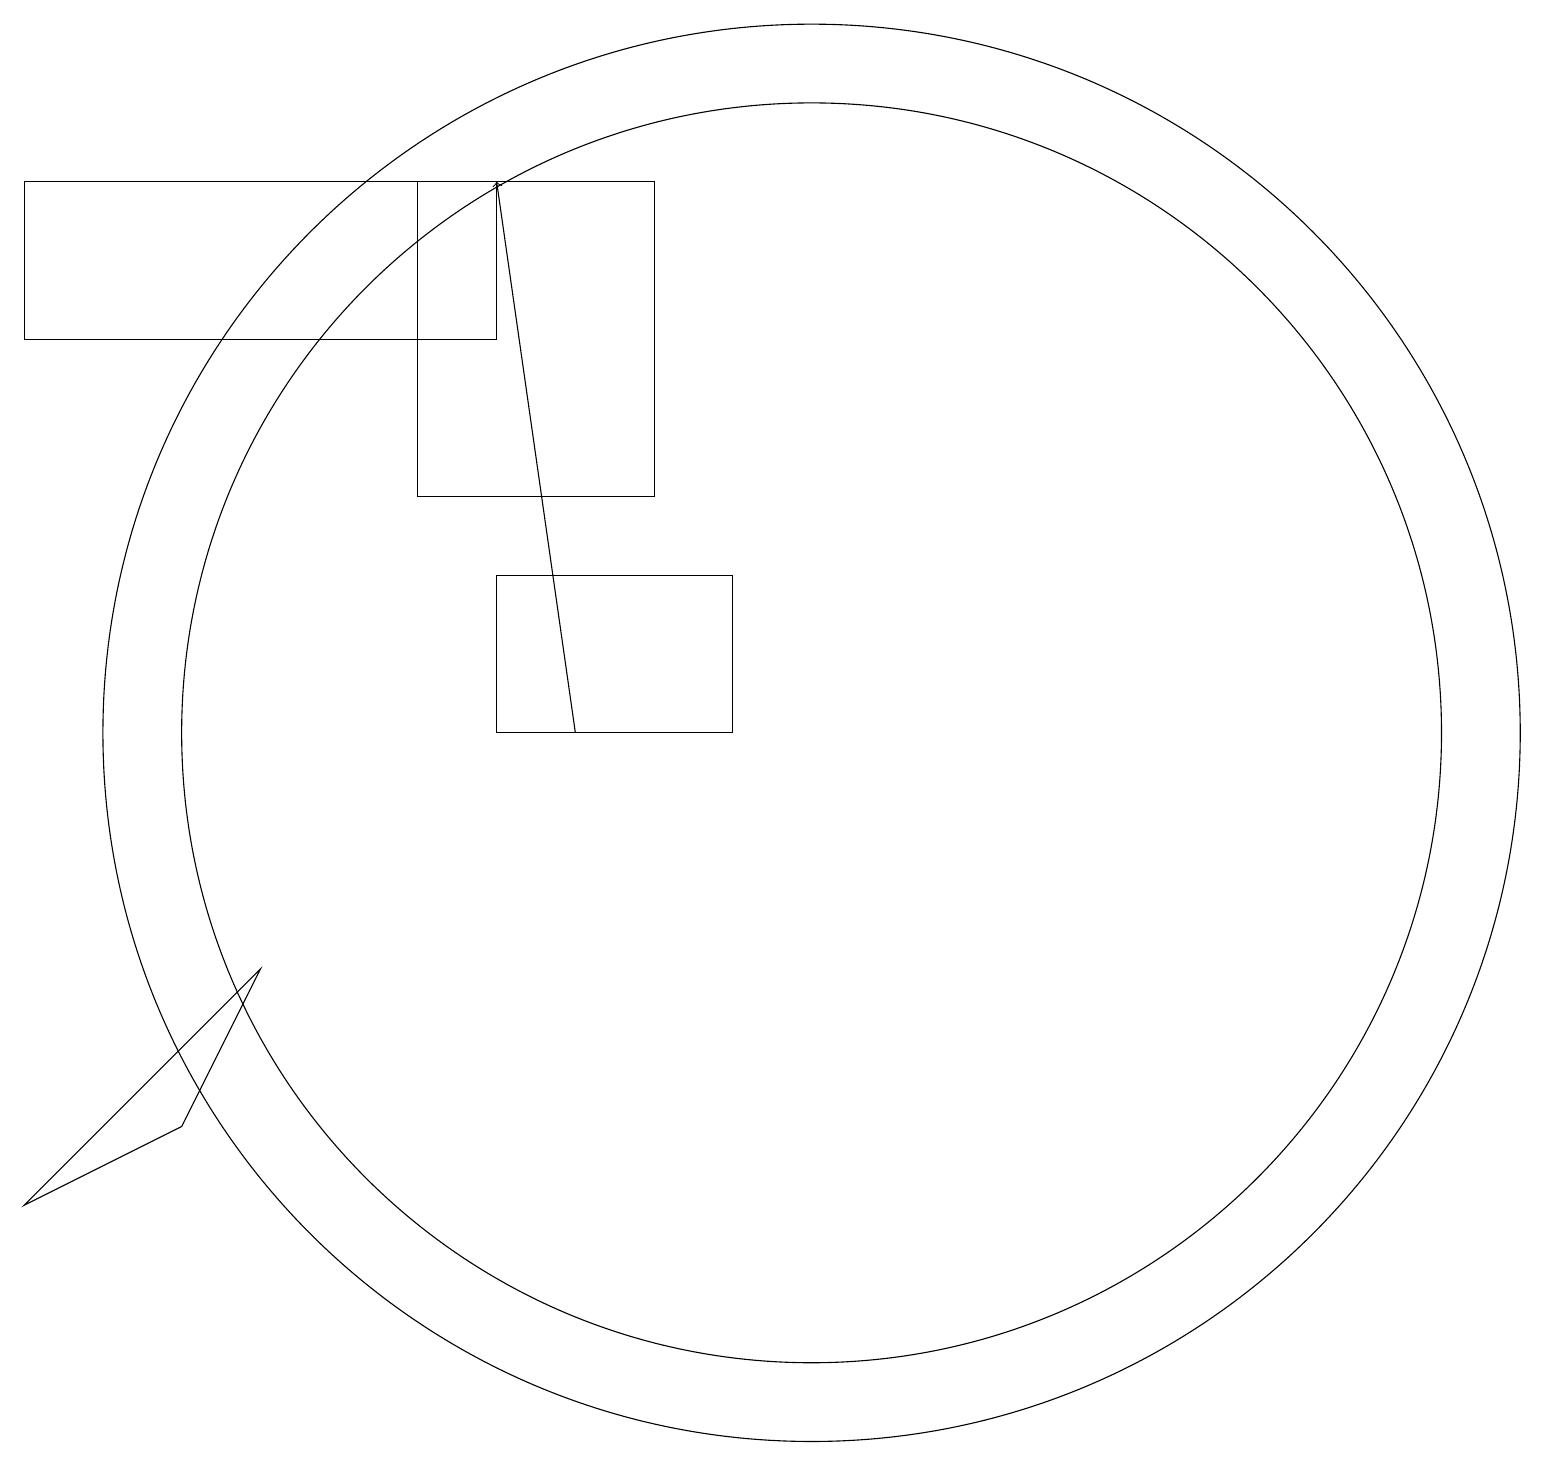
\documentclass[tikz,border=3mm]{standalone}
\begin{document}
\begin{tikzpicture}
\draw (10,11) circle (9);
\draw (5,14) rectangle (8,18);
\draw[->] (7,11) -- (6,18);
\draw (0,16) rectangle (6,18);
\draw (9,11) rectangle (6,13);
\draw (10,11) circle (8);
\draw (3,8) -- (0,5) -- (2,6) -- cycle;
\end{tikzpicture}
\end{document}